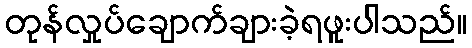
တုန်လှုပ်ချောက်ချားခဲ့ရဖူးပါသည်။